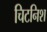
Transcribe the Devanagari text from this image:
चिटनिश